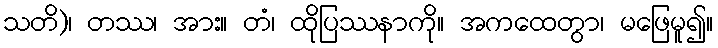
သတိ)၊ တဿ၊ အား။ တံ၊ ထိုပြဿနာကို။ အကထေတွာ၊ မဖြေမူ၍။